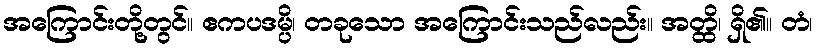
အကြောင်းတို့တွင်။ ဧကပဒမ္ပိ၊ တခုသော အကြောင်းသည်လည်း။ အတ္ထိ၊ ရှိ၏။ တံ၊